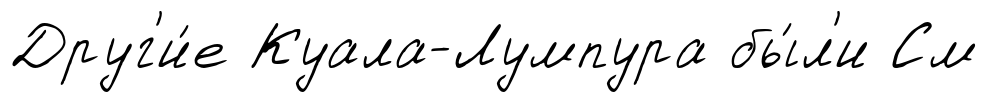
Друг'и́е Куала-Лумпура бы́л'и См